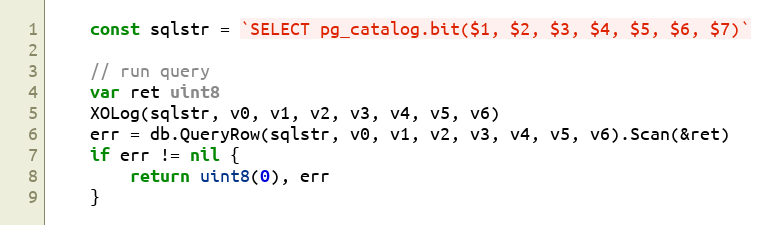
Language: Go
	const sqlstr = `SELECT pg_catalog.bit($1, $2, $3, $4, $5, $6, $7)`

	// run query
	var ret uint8
	XOLog(sqlstr, v0, v1, v2, v3, v4, v5, v6)
	err = db.QueryRow(sqlstr, v0, v1, v2, v3, v4, v5, v6).Scan(&ret)
	if err != nil {
		return uint8(0), err
	}